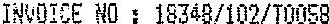
INVOICE NO: 18348/102/T0058